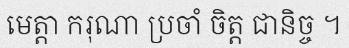
មេត្តា ករុណា ប្រចាំ ចិត្ត ជានិច្ច ។